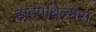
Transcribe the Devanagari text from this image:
हाइपोथैल्मस